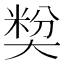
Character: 𡙢